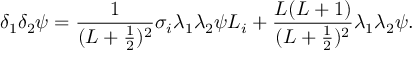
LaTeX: \delta _ { 1 } \delta _ { 2 } \psi = \frac { 1 } { ( L + \frac { 1 } { 2 } ) ^ { 2 } } \sigma _ { i } \lambda _ { 1 } \lambda _ { 2 } \psi L _ { i } + \frac { L ( L + 1 ) } { ( L + \frac { 1 } { 2 } ) ^ { 2 } } \lambda _ { 1 } \lambda _ { 2 } \psi .